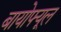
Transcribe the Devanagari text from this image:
बायोफ्यूल